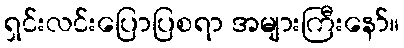
ရှင်းလင်းပြောပြစရာ အများကြီးနော်။